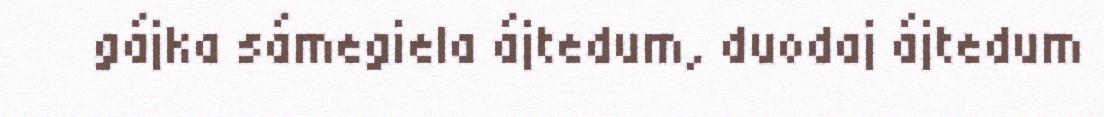
gájka sámegiela ájtedum, duodaj ájtedum